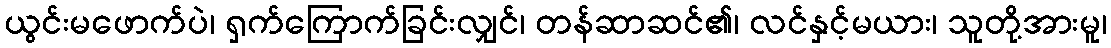
ယွင်းမဖောက်ပဲ၊ ရှက်ကြောက်ခြင်းလျှင်၊ တန်ဆာဆင်၏၊ လင်နှင့်မယား၊ သူတို့အားမူ၊